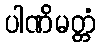
ပါဏိမတ္တံ